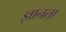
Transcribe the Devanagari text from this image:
ज्ञानता